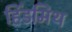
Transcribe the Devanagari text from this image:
हिंडमिथ